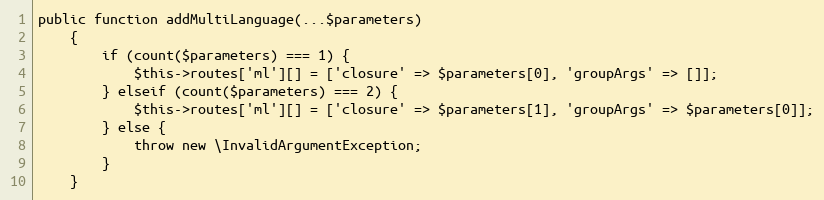
Language: PHP
public function addMultiLanguage(...$parameters)
    {
        if (count($parameters) === 1) {
            $this->routes['ml'][] = ['closure' => $parameters[0], 'groupArgs' => []];
        } elseif (count($parameters) === 2) {
            $this->routes['ml'][] = ['closure' => $parameters[1], 'groupArgs' => $parameters[0]];
        } else {
            throw new \InvalidArgumentException;
        }
    }